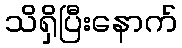
သိရှိပြီးနောက်